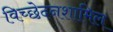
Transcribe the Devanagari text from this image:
विच्छेदनशामिल